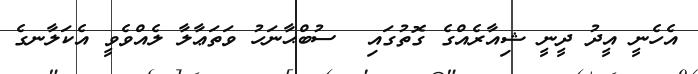
އެހެނީ އީދު ދީނީ ޝިއާރެއްގެ ގޮތުގައި  ސުބްޙާނަހު ވަތަޢާލާ ލެއްވެވީ އެކަލާނގެ